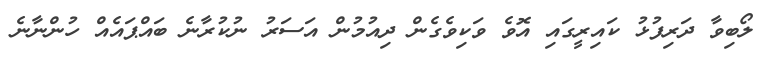
ލޯބިވާ ދަރިފުޅު ކައިރީގައި އޮވެ ވަކިވެގެން ދިއުމުން އަސަރު ނުކުރާނެ ބައްޕައެއް ހުންނާނެ